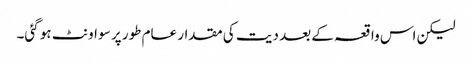
لیکن اس واقعہ کے بعد دیت کی مقدار عام طور پر سو اونٹ ہو گئی۔